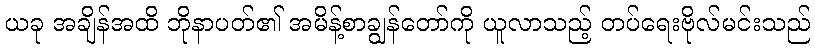
ယခု အချိန်အထိ ဘိုနာပတ်၏ အမိန့်စာချွန်တော်ကို ယူလာသည့် တပ်ရေးဗိုလ်မင်းသည်